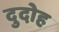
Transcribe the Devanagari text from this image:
दुदोह